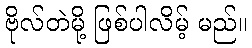
ဗိုလ်တဲမို့ ဖြစ်ပါလိမ့် မည်။